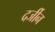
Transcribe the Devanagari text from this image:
दर्जीन